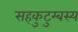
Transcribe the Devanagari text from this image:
सहकुटुम्बस्य